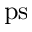
\mathrm { p s }